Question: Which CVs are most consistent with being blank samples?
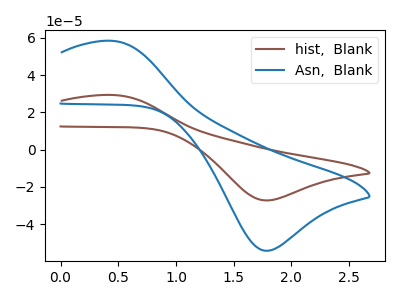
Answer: <think>The brown curve "hist,  Blank" has an anodic peak at (0.45V, 29.35uA) and a cathodic peak at (1.75V, -27.25uA). The blue curve "Asn,  Blank" has an anodic peak at (0.45V, 58.40uA) and a cathodic peak at (1.75V, -54.25uA).</think>
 <answer>There are not any CV's on this graph that are likely to be blanks.</answer>
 <eval>none</eval>